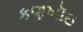
કણખૉઇ